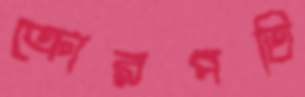
ক্রোরপতি